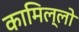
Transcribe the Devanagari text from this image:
कामिल्लो